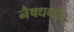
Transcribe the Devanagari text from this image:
नैषधचरित्‌